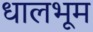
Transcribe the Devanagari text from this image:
धालभूम